Report on vaccination in the Province of Bengal - 1869-1873
Year: 1869
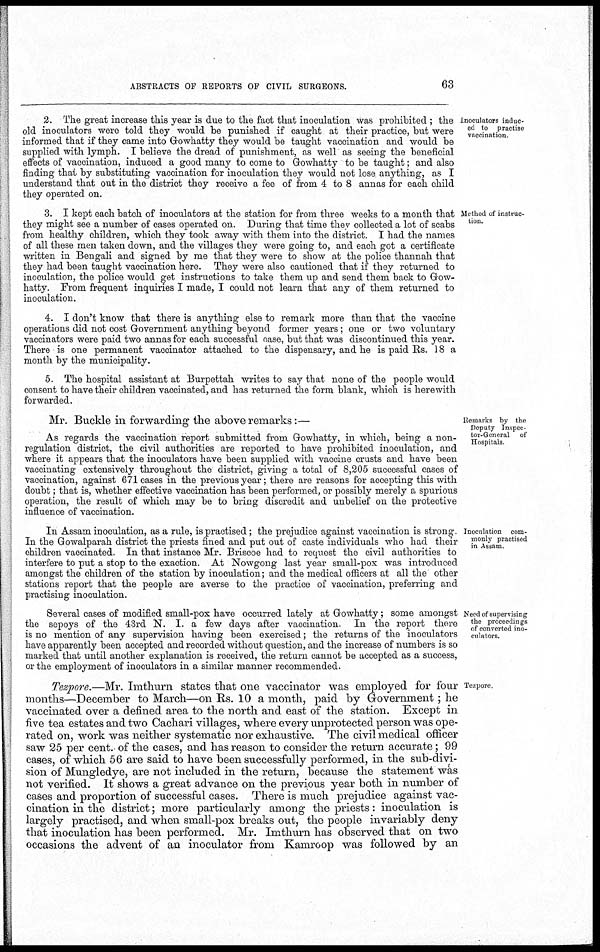
ABSTRACTS OF REPORTS OF CIVIL SURGEONS.
63
Inoculators induc-
ed to practise
vaccination.
2. The great increase this year is due to the fact that inoculation was prohibited ; the
old inoculators were told they would be punished if caught at their practice, but were
informed that if they came into Gowhatty they would be taught vaccination and would be
supplied with lymph. I believe the dread of punishment, as well as seeing the beneficial
effects of vaccination, induced a good many to come to Gowhatty to be taught; and also
finding that by substituting vaccination for inoculation they would not lose anything, as I
understand that out in the district they receive a fee of from 4 to 8 annas for each child
they operated on.
Method of instruc-
tion.
3. I kept each batch of inoculators at the station for from three weeks to a month that
they might see a number of cases operated on. During that time they collected a lot of scabs
from healthy children, which they took away with them into the district. I had the names
of all these men taken down, and the villages they were going to, and each got a certificate
written in Bengali and signed by me that they were to show at the police thannah that
they had been taught vaccination here. They were also cautioned that if they returned to
inoculation, the police would get instructions to take them up and send them back to Gow¬
hatty. From frequent inquiries I made, I could not learn that any of them returned to
inoculation.
4. I don't know that there is anything else to remark more than that the vaccine
operations did not cost Government anything beyond former years; one or two voluntary
vaccinators were paid two annas for each successful case, but that was discontinued this year.
There is one permanent vaccinator attached to the dispensary, and he is paid Rs. 18 a
month by the municipality.
5. The hospital assistant at Burpettah writes to say that none of the people would
consent to have their children vaccinated, and has returned the form blank, which is herewith
forwarded.
Remarks by the
Deputy Inspec-
tor-General of
Hospitals
Mr. Buckle in forwarding the above remarks:—
As regards the vaccination report submitted from Gowhatty, in which, being a non-
regulation district, the civil authorities are reported to have prohibited inoculation, and
where it appears that the inoculators have been supplied with vaccine crusts and have been
vaccinating extensively throughout the district, giving a total of 8,205 successful cases of
vaccination, against 671 cases in the previous year; there are reasons for accepting this with
doubt; that is, whether effective vaccination has been performed, or possibly merely a spurious
operation, the result of which may be to bring discredit and unbelief on the protective
influence of vaccination.
Inoculation com-
monly practised
in Assam.
In Assam inoculation, as a rule, is practised; the prejudice against vaccination is strong
In the Gowalparah district the priests fined and put out of caste individuals who had their
children vaccinated. In that instance Mr. Briscoe had to request the civil authorities to
interfere to put a stop to the exaction. At Nowgong last year small-pox was introduced
amongst the children of the station by inoculation; and the medical officers at all the other
stations report that the people are averse to the practice of vaccination, preferring and
practising inoculation.
Need of supervising
the proceedings
of converted ino-
culators.
Several cases of modified small-pox have occurred lately at Gowhatty; some amongst
the sepoys of the 43rd N. I. a few days after vaccination. In the report there
is no mention of any supervision having been exercised; the returns of the inoculators
have apparently been accepted and recorded without question, and the increase of numbers is so
marked that until another explanation is received, the return cannot be accepted as a success,
or the employment of inoculators in a similar manner recommended.
Tezpore.
Tezpore.—Mr. Imthurn states that one vaccinator was employed for four
months—December to March—on Rs. 10 a month, paid by Government; he
vaccinated over a defined area to the north and east of the station. Except in
five tea estates and two Cachari villages, where every unprotected person was ope-
rated on, work was neither systematic nor exhaustive. The civil medical officer
saw 25 per cent. of the cases, and has reason to consider the return accurate; 99
cases, of which 56 are said to have been successfully performed, in the sub-divi-
sion of Mungledye, are not included in the return, because the statement was
not verified. It shows a great advance on the previous year both in number of
cases and proportion of successful cases. There is much prejudice against vac-
cination in the district; more particularly among the priests: inoculation is
largely practised, and when small-pox breaks out, the people invariably deny
that inoculation has been performed. Mr. Imthurn has observed that on two
occasions the advent of an inoculator from Kamroop was followed by an